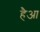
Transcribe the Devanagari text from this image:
हैआ